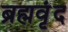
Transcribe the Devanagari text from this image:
ब्रह्मवृंद